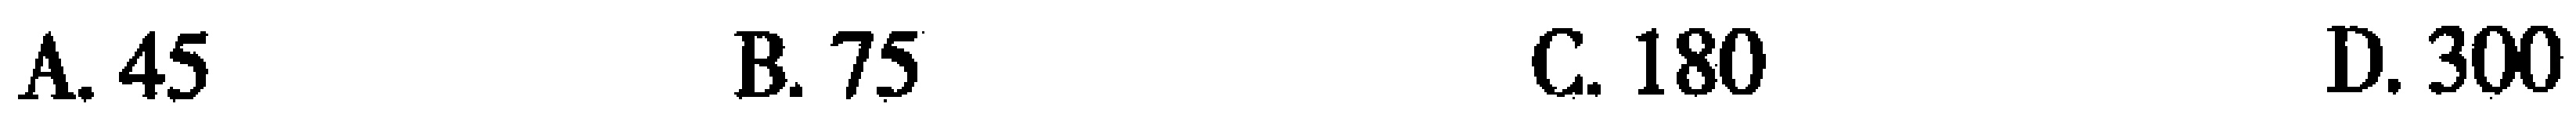
A. 45  B. 75  C. 180  D. 300